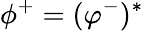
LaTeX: \phi^{+}=(\varphi^{-})^{*}